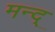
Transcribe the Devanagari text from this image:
मन्द्